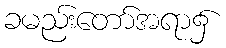
ခမည်းတော်အရာ၌